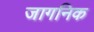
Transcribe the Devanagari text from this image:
जागनिक